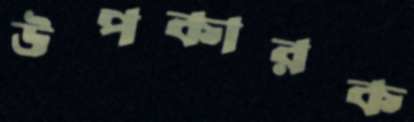
উপকারক